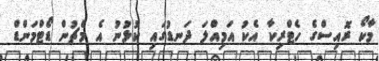
މާކޯ ރޮއިސްގެ ހެޓްރިކާ އެކު އަމިއްލަ ދަނޑުގައި ކުޅުނު އެ މެޗުން ޑޯޓްމަންޑް